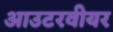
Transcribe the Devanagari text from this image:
आउटरवीयर